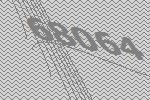
68064